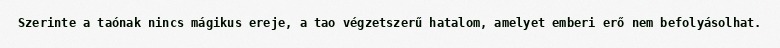
Szerinte a taónak nincs mágikus ereje, a tao végzetszerű hatalom, amelyet emberi erő nem befolyásolhat.